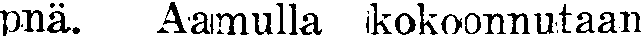
pnä. Aamulla kokoonnutaan